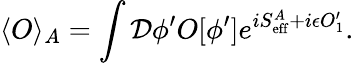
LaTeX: \langle O\rangle_{A}=\int{\cal D}\phi^{\prime}O[\phi^{\prime}]e^{iS_{\mathrm{eff}}^{A}+i\epsilon O_{1}^{\prime}}.